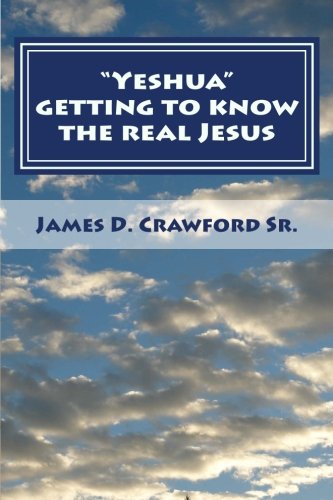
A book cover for Yeshua: Getting to know the real Jesus; James D. Crawford Sr.; Christian Books & Bibles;